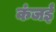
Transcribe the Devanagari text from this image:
कंजई